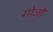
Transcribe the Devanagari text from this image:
गोजो